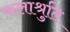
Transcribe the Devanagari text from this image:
फलाश्रुति